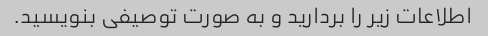
اطلاعات زیر را بردارید و به صورت توصیفی بنویسید.